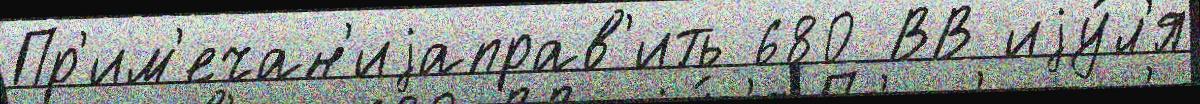
Пр'им'ечан'иjаправ'ить 680 ВВ иjу́л'я